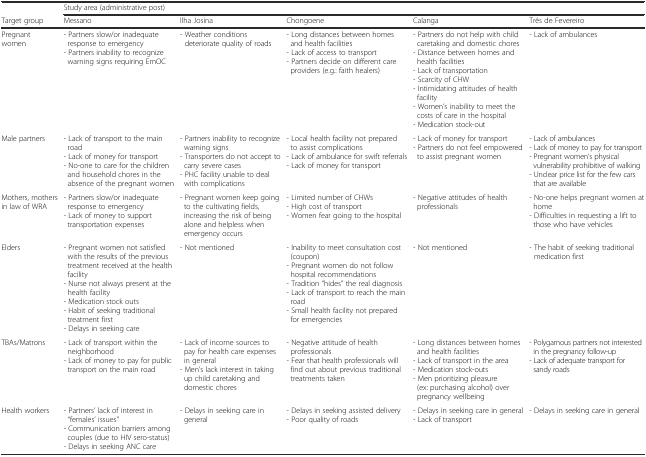
<table><thead><tr><td></td><td colspan="5"><b>Study area (administrative post)</b></td></tr><tr><td><b>Target group</b></td><td><b>Messano</b></td><td><b>Ilha Josina</b></td><td><b>Chongoene</b></td><td><b>Calanga</b></td><td><b>Três de Fevereiro</b></td></tr></thead><tbody><tr><td>Pregnant women</td><td>- Partners slow/or inadequate response to emergency- Partners inability to recognize warning signs requiring EmOC</td><td>- Weather conditions deteriorate quality of roads</td><td>- Long distances between homes and health facilities- Lack of access to transport- Partners decide on different care providers (e.g.: faith healers)</td><td>- Partners do not help with child caretaking and domestic chores- Distance between homes and health facilities- Lack of transportation- Scarcity of CHW- Intimidating attitudes of health facility- Women’s inability to meet the costs of care in the hospital- Medication stock-out</td><td>- Lack of ambulances</td></tr><tr><td>Male partners</td><td>- Lack of transport to the main road- Lack of money for transport- No-one to care for the children and household chores in the absence of the pregnant women</td><td>- Partners inability to recognize warning signs- Transporters do not accept to carry severe cases- PHC facility unable to deal with complications</td><td>- Local health facility not prepared to assist complications- Lack of ambulance for swift referrals- Lack of money for transport</td><td>- Lack of money for transport- Partners do not feel empowered to assist pregnant women</td><td>- Lack of ambulances- Lack of money to pay for transport- Pregnant women’s physical vulnerability prohibitive of walking- Unclear price list for the few cars that are available</td></tr><tr><td>Mothers, mothers in law of WRA</td><td>- Partners slow/or inadequate response to emergency- Lack of money to support transportation expenses</td><td>- Pregnant women keep going to the cultivating fields, increasing the risk of being alone and helpless when emergency occurs</td><td>- Limited number of CHWs- High cost of transport- Women fear going to the hospital</td><td>- Negative attitudes of health professionals</td><td>- No-one helps pregnant women at home- Difficulties in requesting a lift to those who have vehicles</td></tr><tr><td>Elders</td><td>- Pregnant women not satisfied with the results of the previous treatment received at the health facility- Nurse not always present at the health facility- Medication stock outs- Habit of seeking traditional treatment first- Delays in seeking care</td><td>- Not mentioned</td><td>- Inability to meet consultation cost (coupon)- Pregnant women do not follow hospital recommendations- Tradition “hides” the real diagnosis- Lack of transport to reach the main road- Small health facility not prepared for emergencies</td><td>- Not mentioned</td><td>- The habit of seeking traditional medication first</td></tr><tr><td>TBAs/Matrons</td><td>- Lack of transport within the neighborhood- Lack of money to pay for public transport on the main road</td><td>- Lack of income sources to pay for health care expenses in general- Men’s lack interest in taking up child caretaking and domestic chores</td><td>- Negative attitude of health professionals- Fear that health professionals will find out about previous traditional treatments taken</td><td>- Long distances between homes and health facilities- Lack of transport in the area- Medication stock-outs- Men prioritizing pleasure (ex: purchasing alcohol) over pregnancy wellbeing</td><td>- Polygamous partners not interested in the pregnancy follow-up- Lack of adequate transport for sandy roads</td></tr><tr><td>Health workers</td><td>- Partners’ lack of interest in “females’ issues”- Communication barriers among couples (due to HIV sero-status)- Delays in seeking ANC care</td><td>- Delays in seeking care in general</td><td>- Delays in seeking assisted delivery- Poor quality of roads</td><td>- Delays in seeking care in general- Lack of transport</td><td>- Delays in seeking care in general</td></tr></tbody></table>